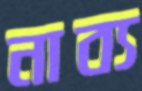
নাব্য